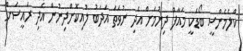
ކްލެމެންސީ ބޯޑަކީ މައާފް ދިނުމަށް އެދި ނުވަތަ އަދަބު ލުއިކޮށްދިނުން އެދި ރައީސަށް